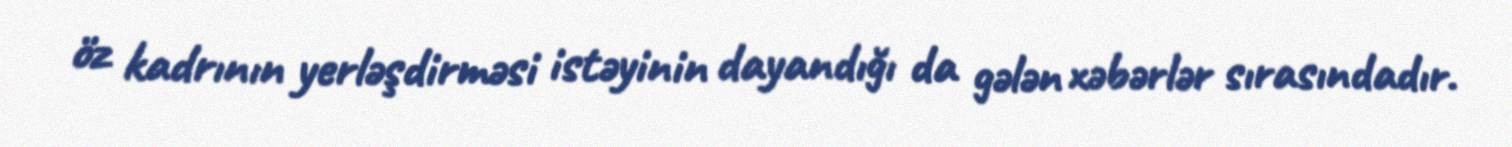
öz kadrının yerləşdirməsi istəyinin dayandığı da gələn xəbərlər sırasındadır.